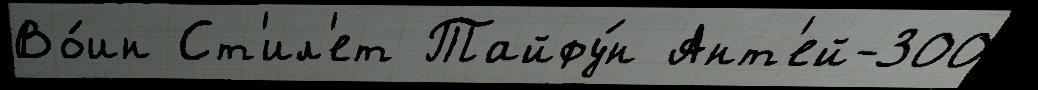
Во́ин Ст'ил'ет Тайфу́н Ант'ей-300